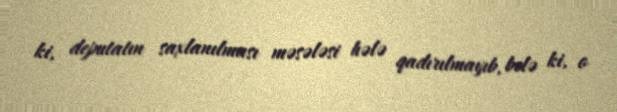
ki, deputatın saxlanılması məsələsi hələ qadırılmayıb, belə ki, o